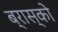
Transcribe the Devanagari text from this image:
ब्रास्को